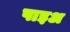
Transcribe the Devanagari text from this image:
पाइअ